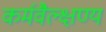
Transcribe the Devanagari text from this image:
कर्मवैल्क्षण्य